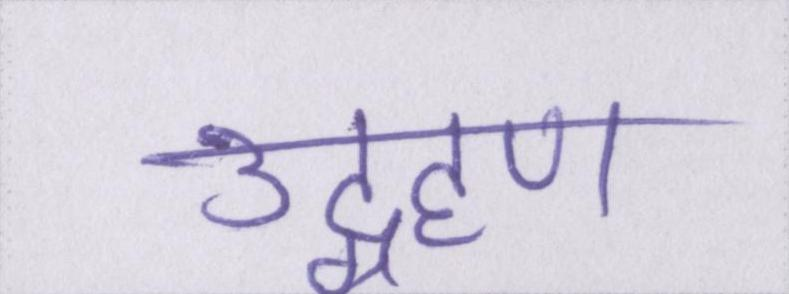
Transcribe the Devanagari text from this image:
उद्ग्रहण